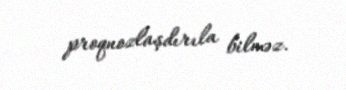
proqnozlaşdırıla bilməz.